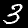
Label: 3